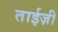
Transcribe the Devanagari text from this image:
ताईज़ी